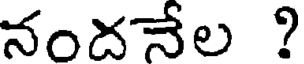
నందనేల ?